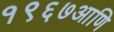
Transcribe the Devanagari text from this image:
१९६७आणि